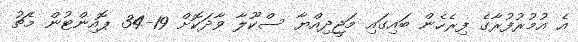
އެ އުމުރުފުރާގެ ފިރެހެން ބައިގައި މަޖީދިއްޔާ ސްކޫލާ ވާދަކޮށް 19-34 ޕޮއިންޓުން މެޗު